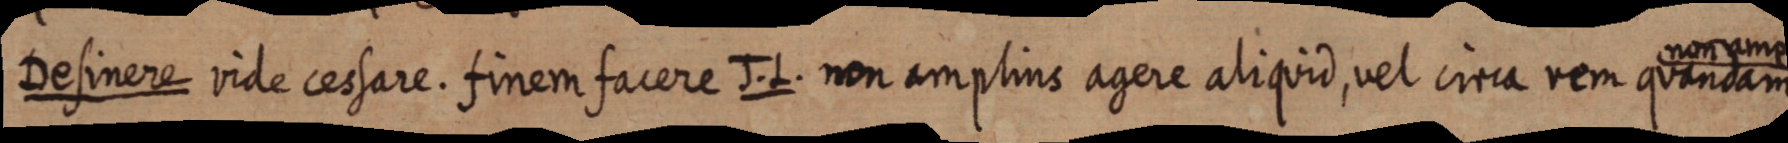
Definere vide cessare. finem facere J. L. non amplius agere aliquid, vel circa rem quandam non amplius